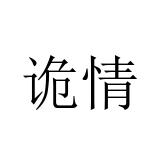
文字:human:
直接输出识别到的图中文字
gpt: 诡情